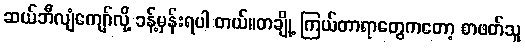
ဆယ်ဘီလျံကျော်လို့ ခန့်မှန်းရပါ တယ်။တချို့ ကြယ်တာရာတွေကတော့ စာဖတ်သူ